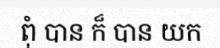
ពុំ បាន ក៏ បាន យក